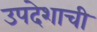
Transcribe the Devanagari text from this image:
उपदेशाची